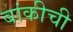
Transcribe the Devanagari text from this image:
बांकीची